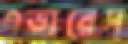
এভারেস্